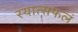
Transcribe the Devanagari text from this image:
स्यात्सफलं